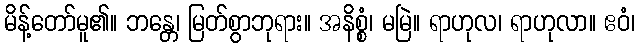
မိန့်တော်မူ၏။ ဘန္တေ၊ မြတ်စွာဘုရား။ အနိစ္စံ၊ မမြဲ။ ရာဟုလ၊ ရာဟုလာ။ ဧဝံ၊